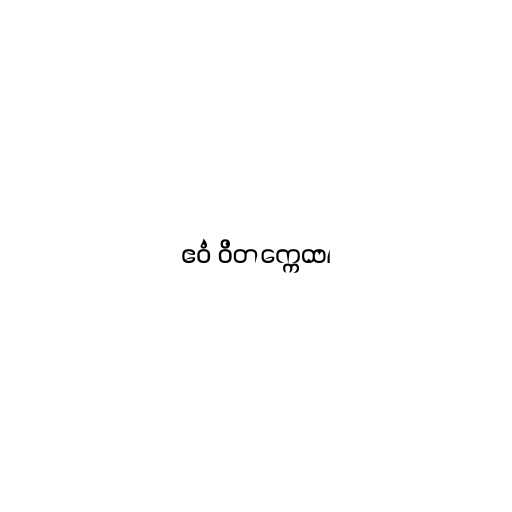
ဧဝံ ဝိတက္ကေထ၊